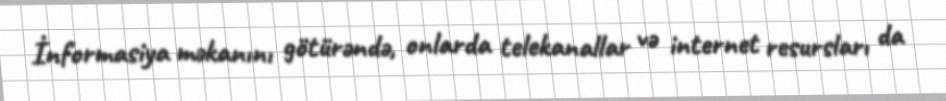
İnformasiya məkanını götürəndə, onlarda telekanallar və internet resursları da